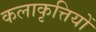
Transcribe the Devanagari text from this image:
कलाकृत्तियों